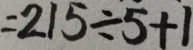
= 2 1 5 \div 5 + 1